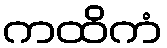
ကထိကံ